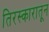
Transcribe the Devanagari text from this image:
तिरस्कारातून